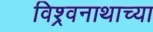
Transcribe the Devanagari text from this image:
विश्र्वनाथाच्या